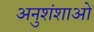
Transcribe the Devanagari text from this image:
अनुशंशाओं